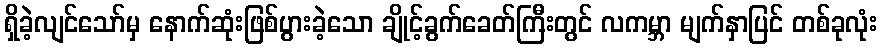
ရှိခဲ့လျင်သော်မှ နောက်ဆုံးဖြစ်ပွားခဲ့သော ချိုင့်ခွက်ခေတ်ကြီးတွင် လကမ္ဘာ မျက်နှာပြင် တစ်ခုလုံး